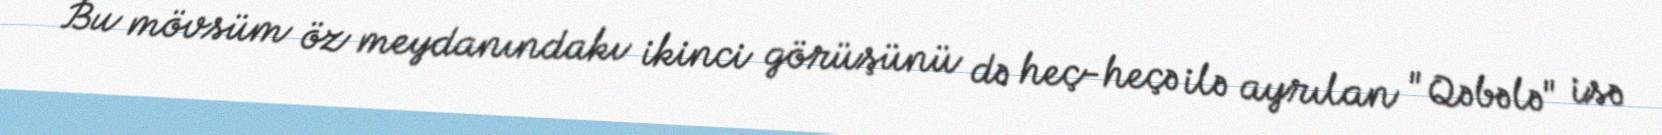
Bu mövsüm öz meydanındakı ikinci görüşünü də heç-heçə ilə ayrılan "Qəbələ" isə